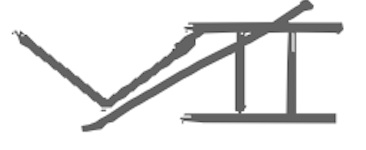
Text: VII
Cross-out: diagonal
Writing tool: digital_gray